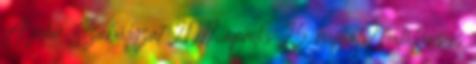
A jelen Szabályzat 2017. április 25. napjától hatályos és